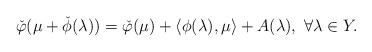
LaTeX: \begin{align*}\check{\varphi}(\mu+\check{\phi}(\lambda))=\check{\varphi}(\mu)+\langle \phi(\lambda),\mu\rangle+A(\lambda),\ \forall \lambda\in Y. \end{align*}